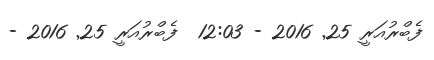
ފެބްރުއަރީ 25